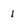
Character: 1